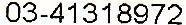
03-41318972